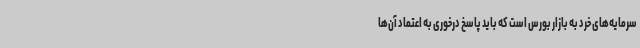
سرمایه‌های خرد به بازار بورس است که باید پاسخ درخوری به اعتماد آن‌ها